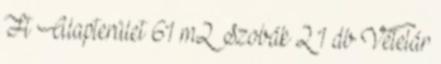
Ft Alapterület 61 m2 Szobák 2 1 db Vételár